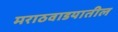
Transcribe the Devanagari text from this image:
मराठवाडयातील